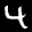
Label: 4